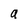
Character: 9